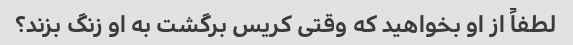
لطفاً از او بخواهید که وقتی کریس برگشت به او زنگ بزند؟